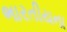
ભારતીયના